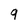
Character: 9